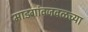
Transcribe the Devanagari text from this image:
माडगांवजवळच्या